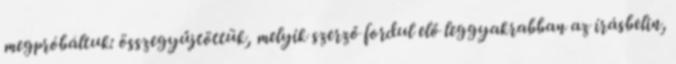
megpróbáltuk: összegyűjtöttük, melyik szerző fordul elő leggyakrabban az írásbelin,